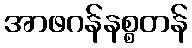
အာဖဂန်နစ္စတန်